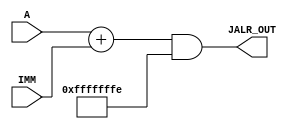
module ISJALR(

		input wire [31:0] A,
		input wire [31:0] IMM,

		output wire [31:0] JALR_OUT

		);

		reg[31:0] _JALR_OUT;
		initial _JALR_OUT = 0;
		assign JALR_OUT = _JALR_OUT;

		always@ (*) begin
			_JALR_OUT = ((A+IMM) & 32'hfffffffe);
		end

endmodule